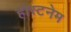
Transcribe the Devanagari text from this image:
होस्टनेम